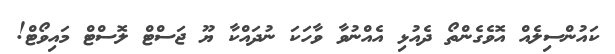
ކައުންސިލެއް އޮވެގެންތޯ ދެއުޅި އެއްނުވާ ވާހަކަ ނުދައްކާ ޔޫ ޖަސްޓް ލޮސްޓް މައިވޯޓް!